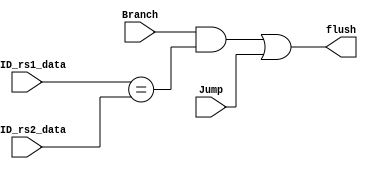
`timescale 1ns/1ps

module Control_Hazard_Detection(
    input [31:0] IFID_rs1_data,
    input [31:0] IFID_rs2_data,
    input Branch,
    input Jump,
    output reg flush
);
    always@(*)begin
        flush = ((Branch&&(IFID_rs1_data == IFID_rs2_data)) || Jump) ;
    end
     
endmodule